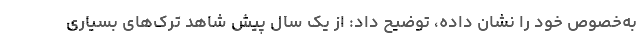
به‌خصوص خود را نشان داده، توضیح داد: از یک سال پیش شاهد ترک‌های بسیاری